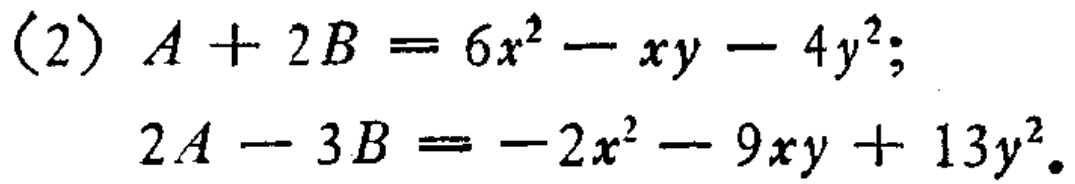
(2) \(A + 2B = 6x^{2}-xy - 4y^{2}\);

\(2A - 3B = - 2x^{2}-9xy + 13y^{2}\).